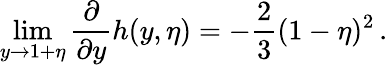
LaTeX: \operatorname*{lim}_{y\to 1+\eta}\frac{\partial}{\partial y}h(y,\eta)=-\frac{2}{3}(1-\eta)^{2}\, .